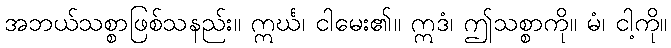
အဘယ်သစ္စာဖြစ်သနည်း။ ဣင်္ဃ၊ ငါမေး၏။ ဣဒံ၊ ဤသစ္စာကို။ မံ၊ ငါ့ကို။